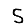
Digit: 5